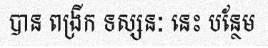
បាន ពង្រីក ទស្សនៈ នេះ បន្ថែម